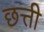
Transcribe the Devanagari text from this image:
छत्ती